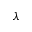
\lambda